画像に写った文字を読んでください
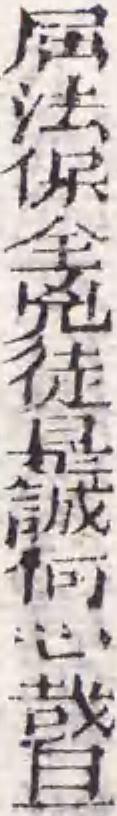
「屈法保全兇徒是誠何心哉且」と書いてあります